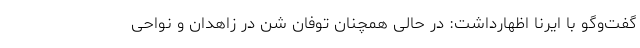
گفت‌وگو با ایرنا اظهارداشت: در حالی همچنان توفان شن در زاهدان و نواحی